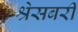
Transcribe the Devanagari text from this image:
श्रेसबरी